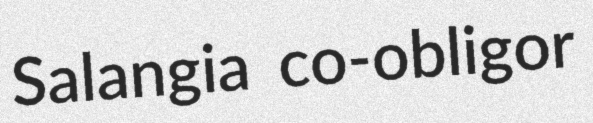
Salangia co-obligor